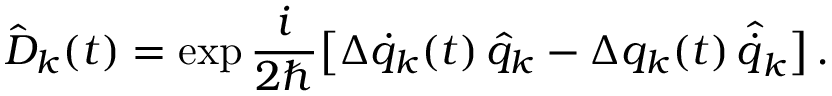
\hat { D } _ { k } ( t ) = \exp \frac { i } { 2 \hbar } \big [ \Delta \dot { q } _ { k } ( t ) \, \hat { q } _ { k } - \Delta q _ { k } ( t ) \, \hat { \dot { q } } _ { k } \big ] \, .